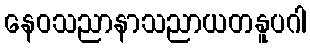
နေဝသညာနာသညာယတနူပဂါ